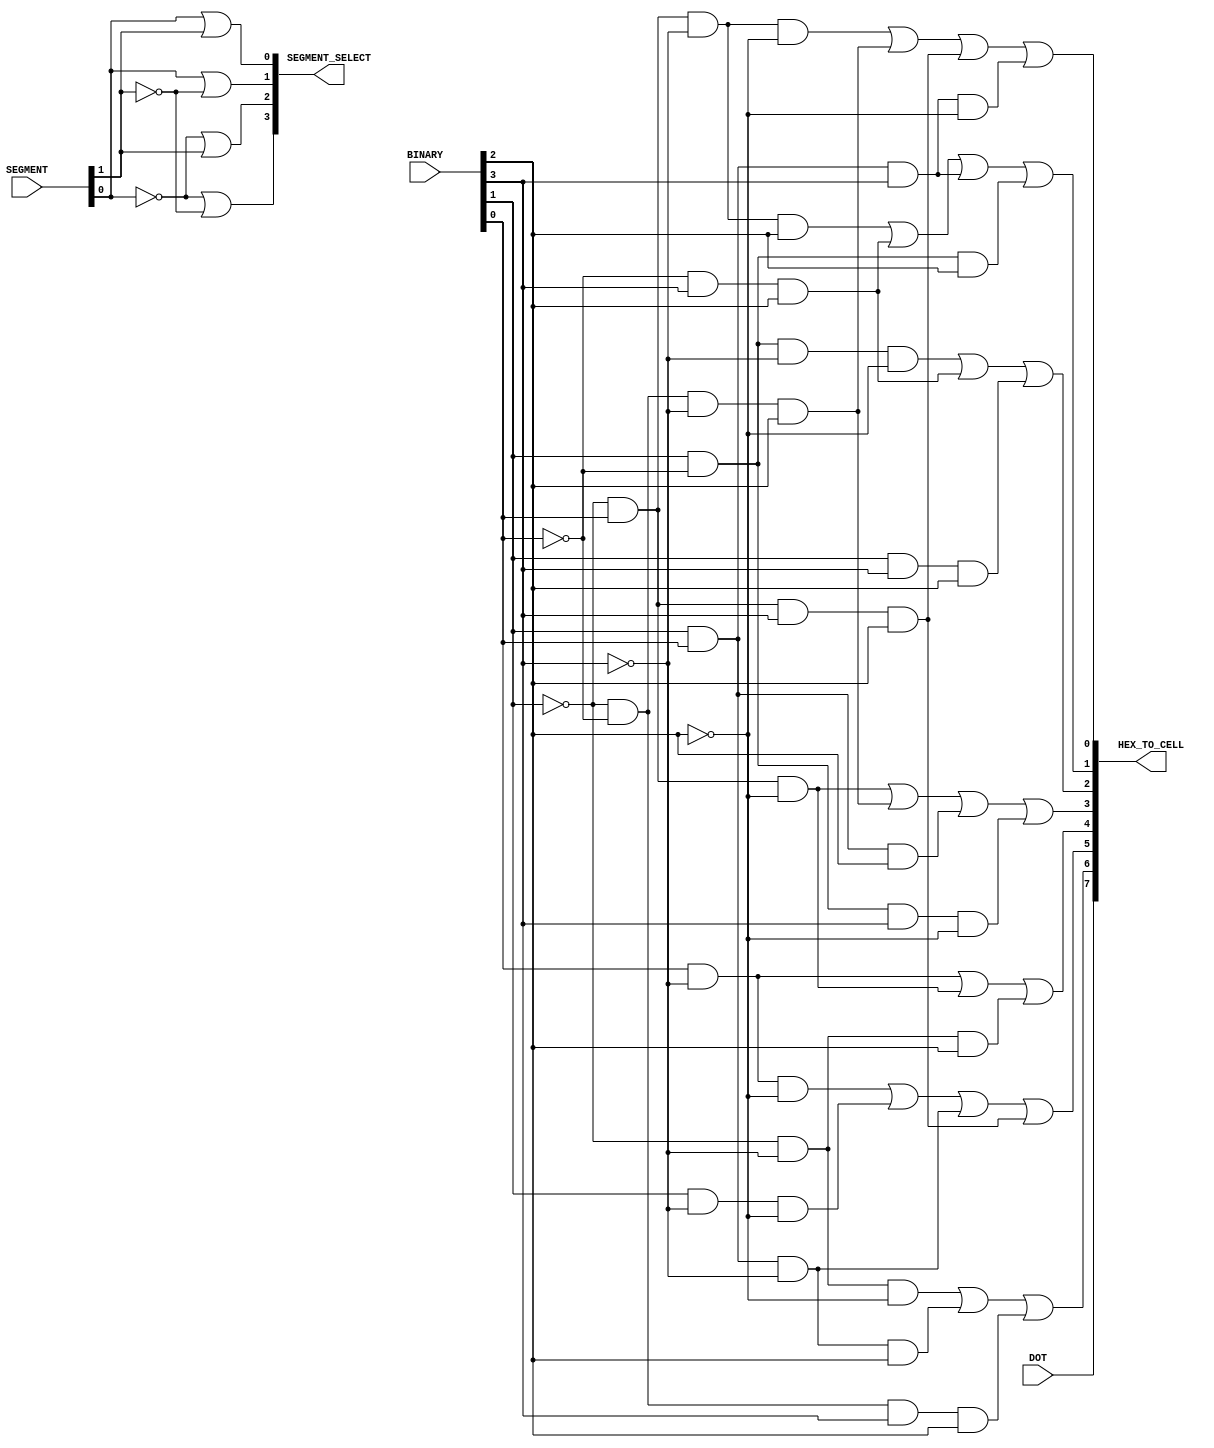
`timescale 1ns/1ps

module seven_Segment_Display(
    input [3:0] BINARY,
    input [1:0] SEGMENT,
    input DOT,
    output [7:0] HEX_TO_CELL,
    output [3:0] SEGMENT_SELECT
);

    // Wires for all 7 LEDs of a segment
    wire A, B, C, D, E, F;
    
    // Assigning input to boolean variables
    assign B = BINARY[0];
    assign A = BINARY[1];
    assign D = BINARY[2];
    assign C = BINARY[3];
    assign E = SEGMENT[0];
    assign F = SEGMENT[1];
    
    // Assigning boolean function to output
    assign HEX_TO_CELL[0] = ((~A)&B&(~C)&(~D))|((~A)&(~B)&(~C)&D)|((~A)&B&C&D)|(A&B&C&(~D));
    assign HEX_TO_CELL[1] = ((~A)&B&(~C)&D)|((~B)&C&D)|(A&B&C)|(A&(~B)&D);
    assign HEX_TO_CELL[2] = (A&(~B)&(~C)&(~D))|((~B)&C&D)|(A&C&D);
    assign HEX_TO_CELL[3] = ((~A)&B&(~D))|((~A)&(~B)&(~C)&D)|(A&B&D)|(A&(~B)&C&(~D));
    assign HEX_TO_CELL[4] = (B&(~C))|((~A)&B&(~D))|((~A)&(~C)&D);
    assign HEX_TO_CELL[5] = (B&(~C)&(~D))|(A&(~C)&(~D))|(A&B&(~C))|((~A)&B&C&D);
    assign HEX_TO_CELL[6] = ((~A)&(~C)&(~D))|(A&B&(~C)&D)|((~A)&(~B)&C&D);
    assign HEX_TO_CELL[7] = DOT;
    
    // Assigning boolean function to select segment for each output at refresh rate
    assign SEGMENT_SELECT[0] = E|F;
    assign SEGMENT_SELECT[1] = E|(~F);
    assign SEGMENT_SELECT[2] = (~E)|F;
    assign SEGMENT_SELECT[3] = (~E)|(~F);
endmodule